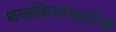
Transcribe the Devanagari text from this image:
शस्त्रक्रियांसाठीची